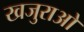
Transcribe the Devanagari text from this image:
खजुराओ